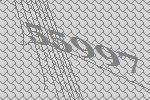
55997